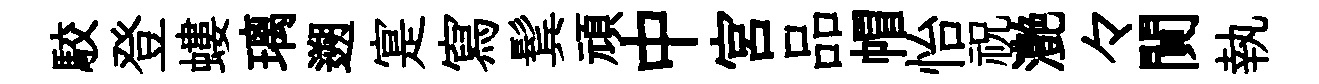
駮登螻璃遡寔寫鬂頑中宫品帽怡祝灔々閴執